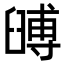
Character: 𦦐